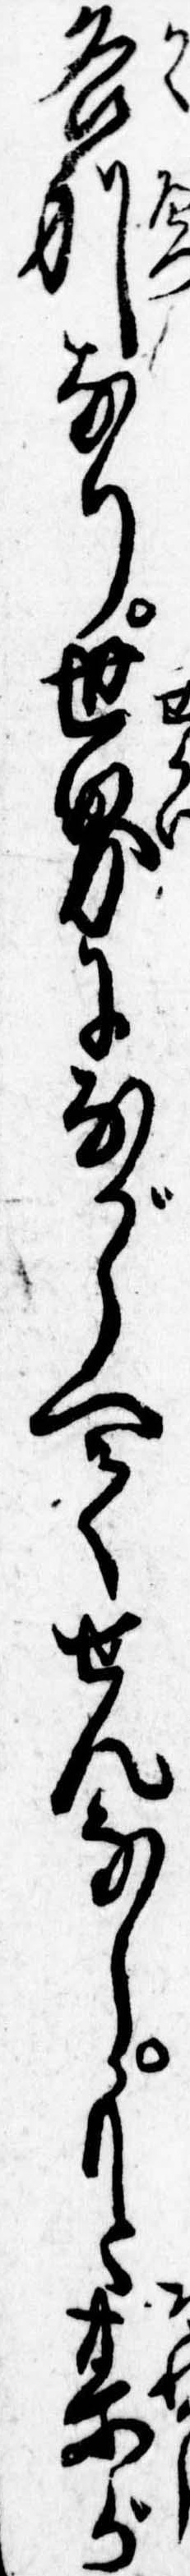
各別なり世界にながらへてせんなしもと某が